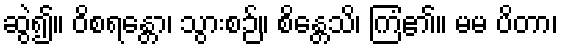
ဆွဲ၍။ ဝိစရန္တော၊ သွားစဉ်။ စိန္တေသိ၊ ကြံ၏။ မမ ပိတာ၊